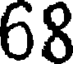
68